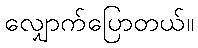
လျှောက်ပြောတယ်။